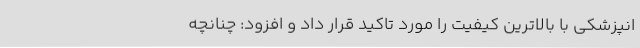
انپزشکی با بالاترین کیفیت را مورد تاکید قرار داد و افزود: چنانچه